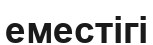
еместігі